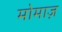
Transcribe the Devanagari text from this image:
मोमाज़